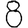
Digit: 8